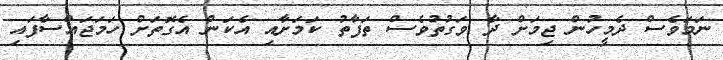
ނަމަވެސް ދެމީހުން ޖިމަށް ދާ ވަގުތުވެސް ތަފާތު ކަމަށާއި އެކަން އެގޮތަށް ހަމަޖައްސާފައި